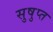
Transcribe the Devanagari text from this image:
सुषुप्‍त